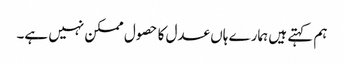
ہم کہتے ہیں ہمارے ہاں عدل کا حصول ممکن نہیں ہے۔